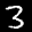
Label: 3